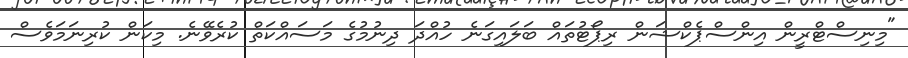
"މިނިސްޓްރީން އިންސްޕެކްޝަން ރިޕޯޓުތައް ބަލައިގަނެ ހުއްދަ ދިނުމުގެ މަސައްކަތް ކުރެވޭނެ. މިކަން ކުރިނަމަވެސް